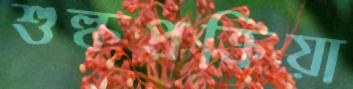
শুল্কপ্রক্রিয়া